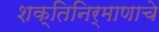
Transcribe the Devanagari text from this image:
शक्तिनिर्माणाचे